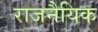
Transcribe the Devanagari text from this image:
राजनैयिक